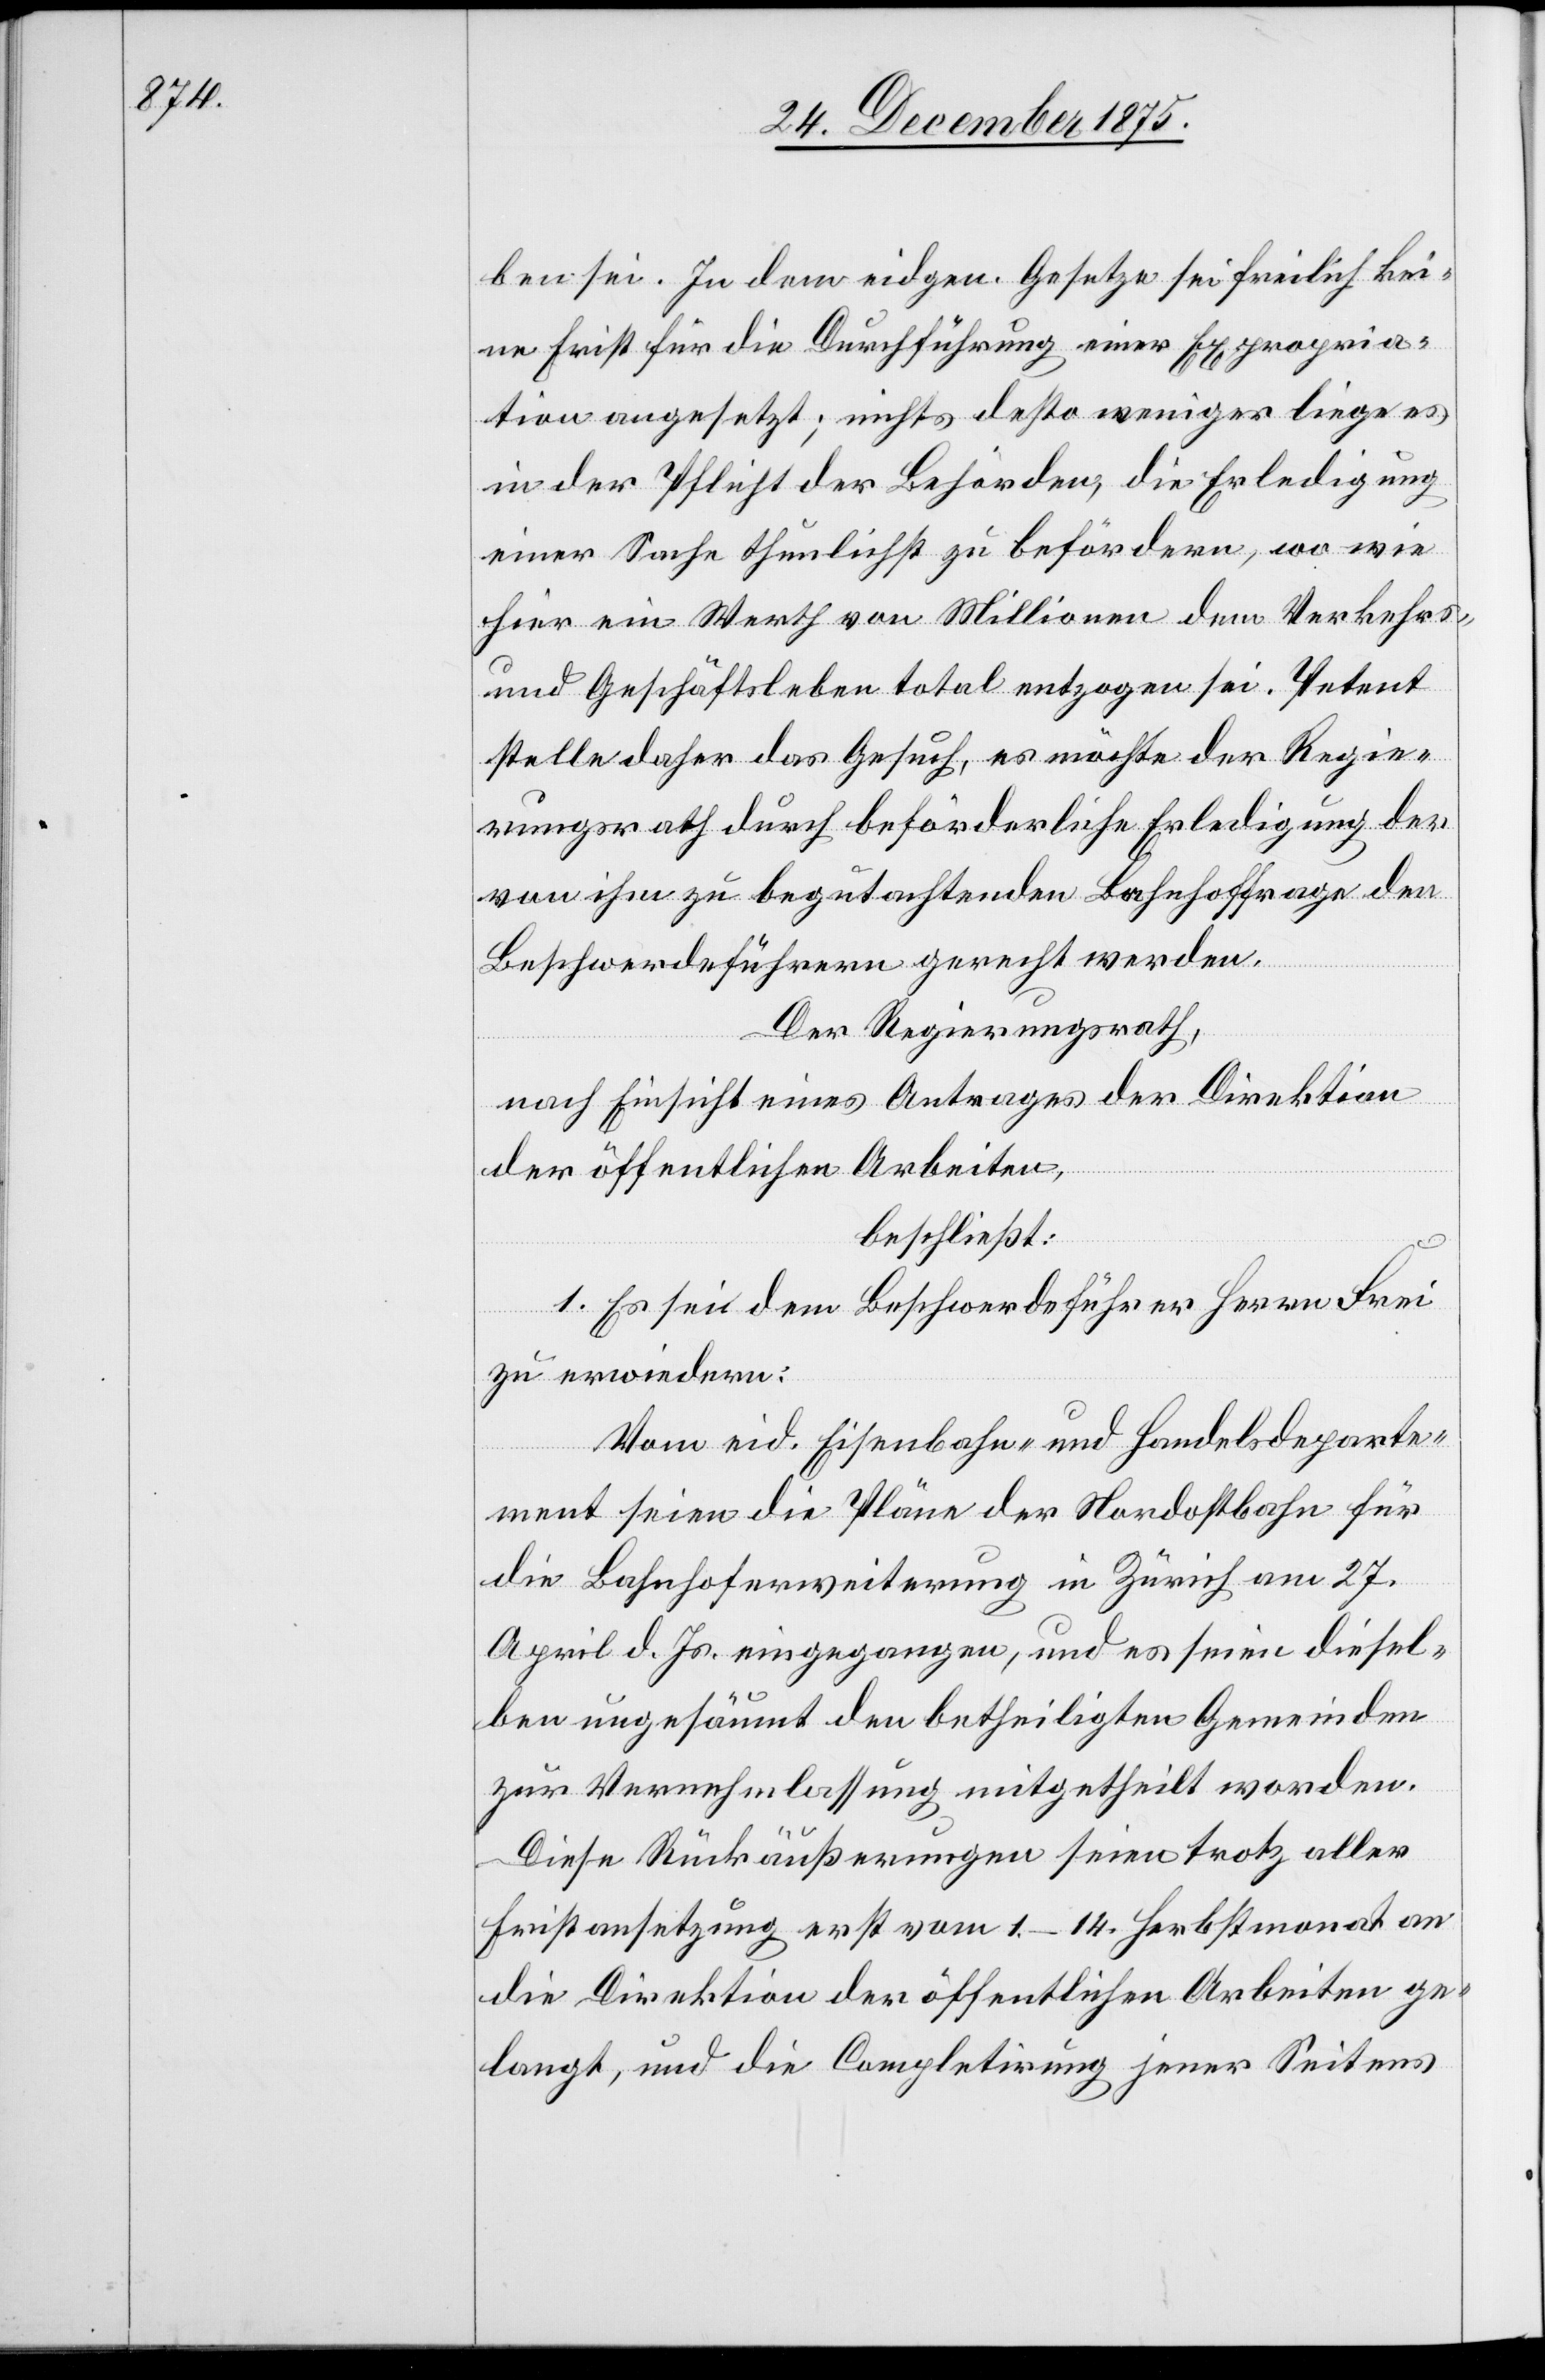
ben sei. In dem eidgen. Gesetze sei freilich kei¬
ne Frist für die Durchführung einer Expropria¬
tion angesetzt; nichts desto weniger liege es
in der Pflicht der Behörden, die Erledigung
einer Sache thunlichst zu befördern, wo wie
hier ein Werth von Millionen dem Verkehrs-
und Geschäftsleben total entzogen sei. Petent
stelle daher das Gesuch, es möchte der Regie¬
rungsrath durch beförderliche Erledigung der
von ihm zu begutachtenden Bahnhoffrage den
Beschwerdeführern gerecht werden.
Der Regierungsrath,
nach Einsicht eines Antrages der Direktion
der öffentlichen Arbeiten,
beschließt:
1. Es sei dem Beschwerdeführer Herrn Frei
zu erwiedern:
Vom eid. Eisenbahn- und Handelsdeparte¬
ment seien die Pläne der Nordostbahn für
die Bahnhoferweiterung in Zürich vom 27.
April d. Js. eingegangen, und es seien diesel¬
ben ungesäumt den betheiligten Gemeinden
zur Vernehmlassung mitgetheilt worden.
Diese Rückäußerungen seien trotz aller
Fristansetzung erst vom 1.–7. Herbstmonat an
die Direktion der öffentlichen Arbeiten ge¬
langt, und die Completirung jener Seitens